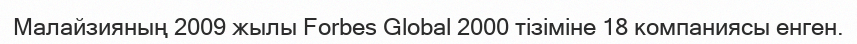
Малайзияның 2009 жылы Forbes Global 2000 тізіміне 18 компаниясы енген.